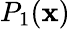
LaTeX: P_{1}(\mathbf{x})